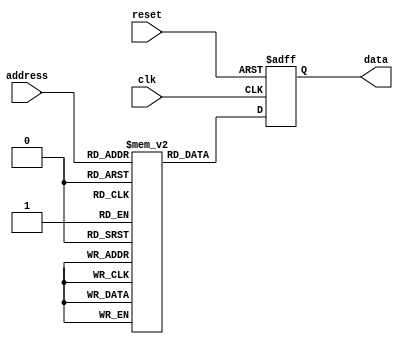
module anti_fuse_rom (
    input wire clk,
    input wire reset,
    input wire [7:0] address,
    output reg [15:0] data
);

// Define memory blocks and anti-fuse elements
reg [15:0] memory [255:0];

// Initialize memory blocks with default data
initial begin
    // Add code to initialize memory blocks with desired data
end

// Address decoding logic
always @ (posedge clk or posedge reset) begin
    if (reset) begin
        data <= 16'b0;
    end else begin
        data <= memory[address];
    end
end

endmodule